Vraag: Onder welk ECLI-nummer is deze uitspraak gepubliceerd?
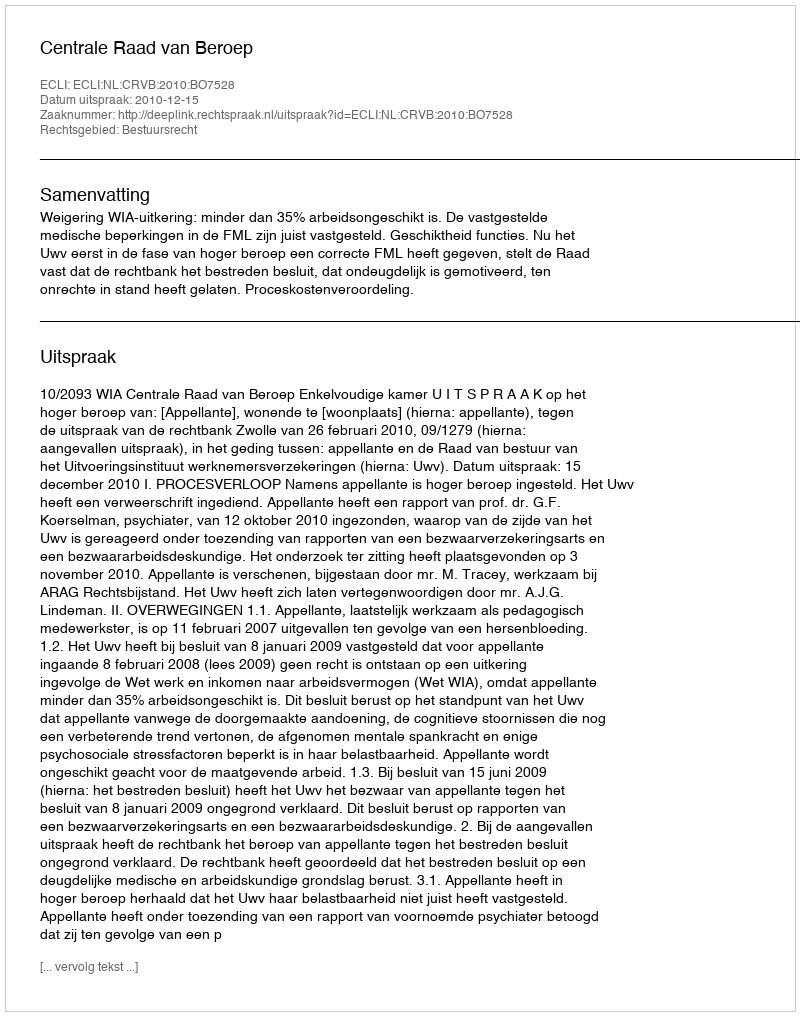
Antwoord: ECLI:NL:CRVB:2010:BO7528